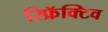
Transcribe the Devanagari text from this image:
रिफ्रॅक्टिव